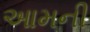
આમની